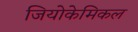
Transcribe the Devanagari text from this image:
जियोकेमिकल